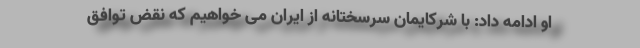
او ادامه داد: با شرکایمان سرسختانه از ایران می خواهیم که نقض توافق